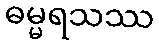
ဓမ္မရသဿ